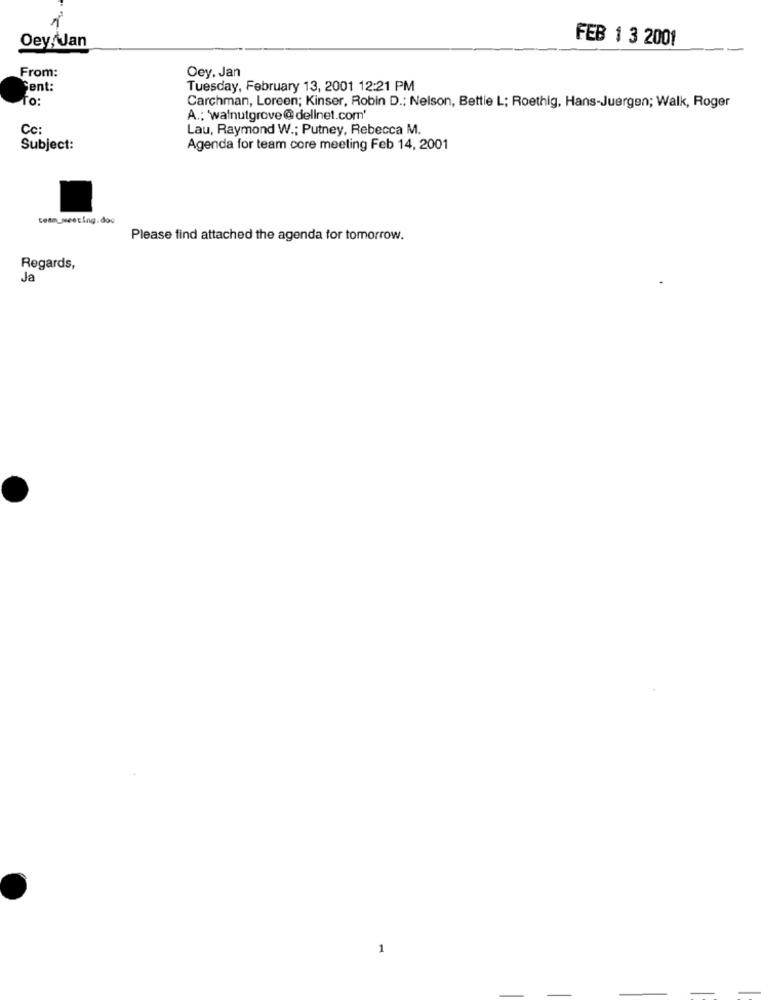
Oey, Jan
FEB 1 3 2001
From:
Oey. Jan
Fent:
Tuesday, February 13, 2001 12:21 PM
TO:
Carchman, Loreen; Kinser, Robin D .; Nelson, Bettie L; Roethig, Hans-Juergen; Walk, Roger
A .: 'walnutgrove@dellnet.com'
Cc:
Lau, Raymond W .; Putney, Rebecca M.
Subject:
Agenda for team core meeting Feb 14, 2001
Please find attached the agenda for tomorrow.
Regards,
Ja
1